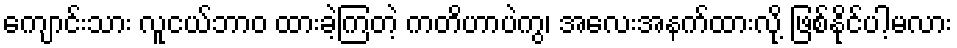
ကျောင်းသား လူငယ်ဘာဝ ထားခဲ့ကြတဲ့ ကတိဟာပဲကွ၊ အလေးအနက်ထားလို့ ဖြစ်နိုင်ပါ့မလား